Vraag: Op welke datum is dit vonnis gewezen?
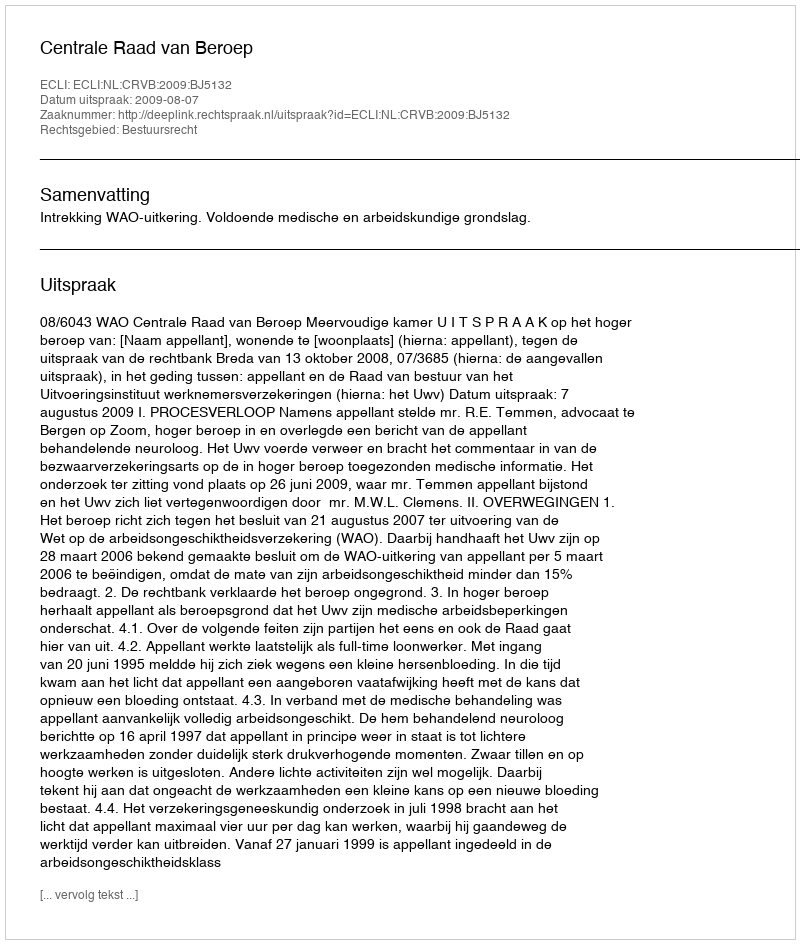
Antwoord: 2009-08-07